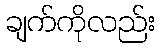
ချက်ကိုလည်း